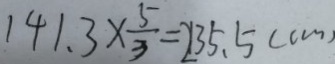
1 4 1 \cdot 3 \times \frac { 5 } { 3 } = 2 1 3 5 \cdot 5 ( c m )